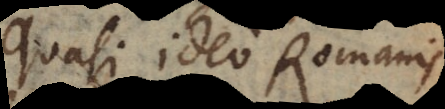
Quasi ideo Romanis